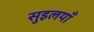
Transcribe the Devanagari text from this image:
सुइलयाँ